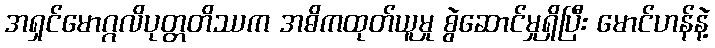
အရှင်မောဂ္ဂလိပုတ္တတိဿက အဓိကထုတ်ယူမှု စွဲဆောင်မှုရှိပြီး မောင်ဟန်နဲ့